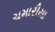
ચમારીયા